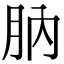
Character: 肭